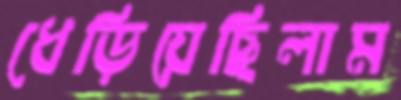
ধেড়িয়েছিলাম